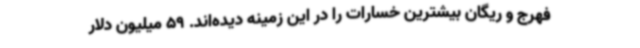
فهرج و ریگان بیشترین خسارات را در این زمینه دیده‌اند. 59 میلیون دلار